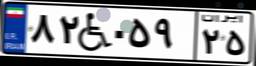
۸۲W۰۵۹۲۵